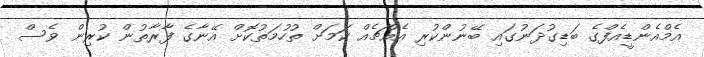
އެމްއެންޑީއެފްގެ ބަޑިގުދަނުގައި ބޭނުންކުރި އެއްޗެއް ކަމަށް ތުހުމަތުކޮށް އޭނާގެ ފާރާތުން ކުރިން ވެސް